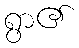
ရွာ၏